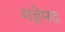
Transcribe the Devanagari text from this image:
महेमद